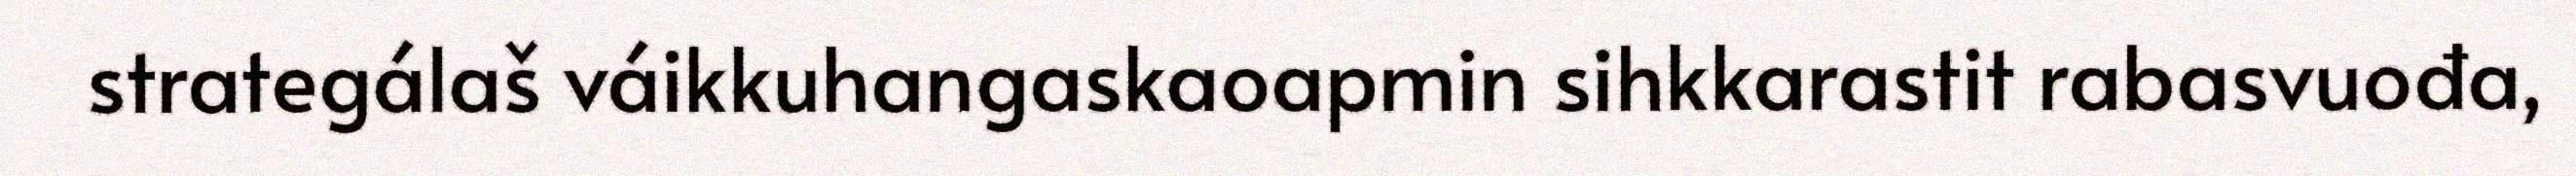
strategálaš váikkuhangaskaoapmin sihkkarastit rabasvuođa,